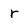
Character: r